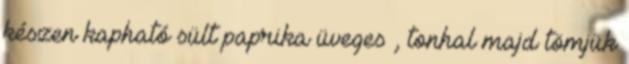
készen kapható sült paprika üveges , tonhal majd tömjük